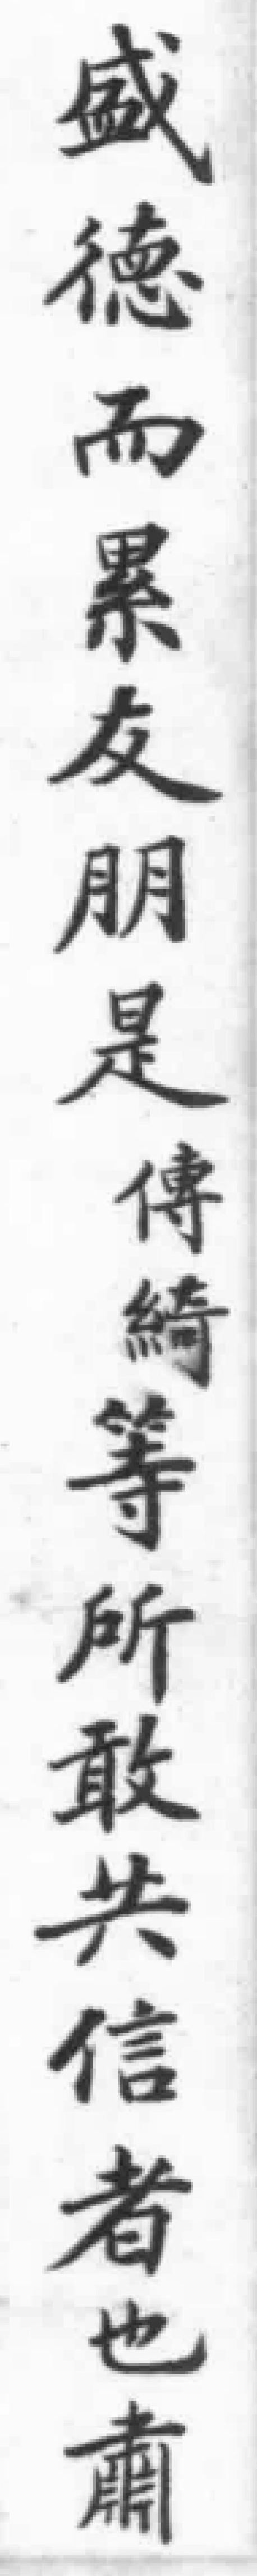
盛德而累友朋是傳綺等所敢共信者也肅